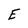
Character: E